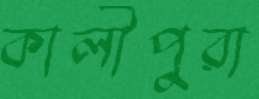
কালীপুরা